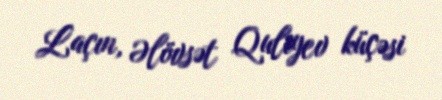
Laçın, Əlövsət Quliyev küçəsi